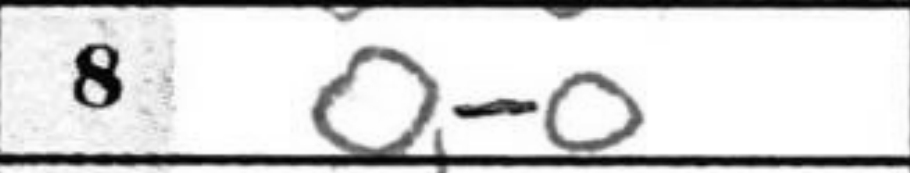
Transcription: O-O